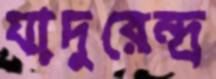
যাদুরেন্দ্র